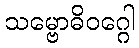
သမ္ဗောဓိဝဂ္ဂေါ